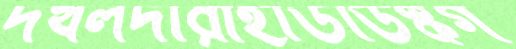
দখলদারীহার্ডডিস্কগ